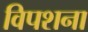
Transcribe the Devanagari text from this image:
विपशना